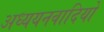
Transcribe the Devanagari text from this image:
अध्ययनवादियों